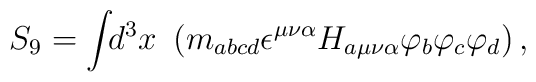
S_9=\int \!\!d^3x~\left( m_{abcd}\epsilon ^{\mu \nu \alpha}H_{a\mu \nu \alpha }\varphi _b\varphi _c\varphi _d\right) ,